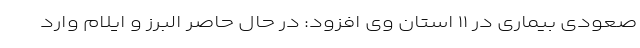
صعودی بیماری در ۱۱ استان وی افزود: در حال حاصر البرز و ایلام وارد